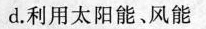
d。利用太阳能、风能